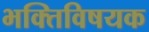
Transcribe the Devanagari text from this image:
भक्तिविषयक